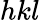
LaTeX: hkl